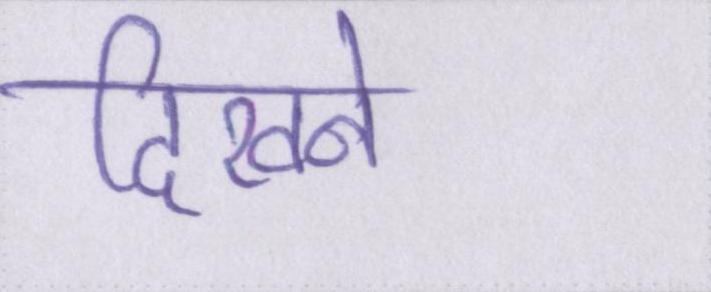
दिखने